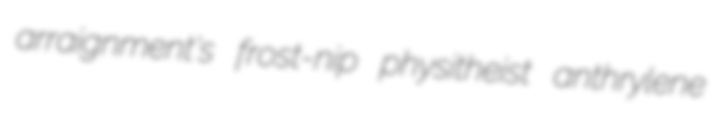
arraignment's frost-nip physitheist anthrylene